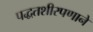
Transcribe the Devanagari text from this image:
पद्धतशीरपणाने